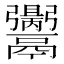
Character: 𩱪